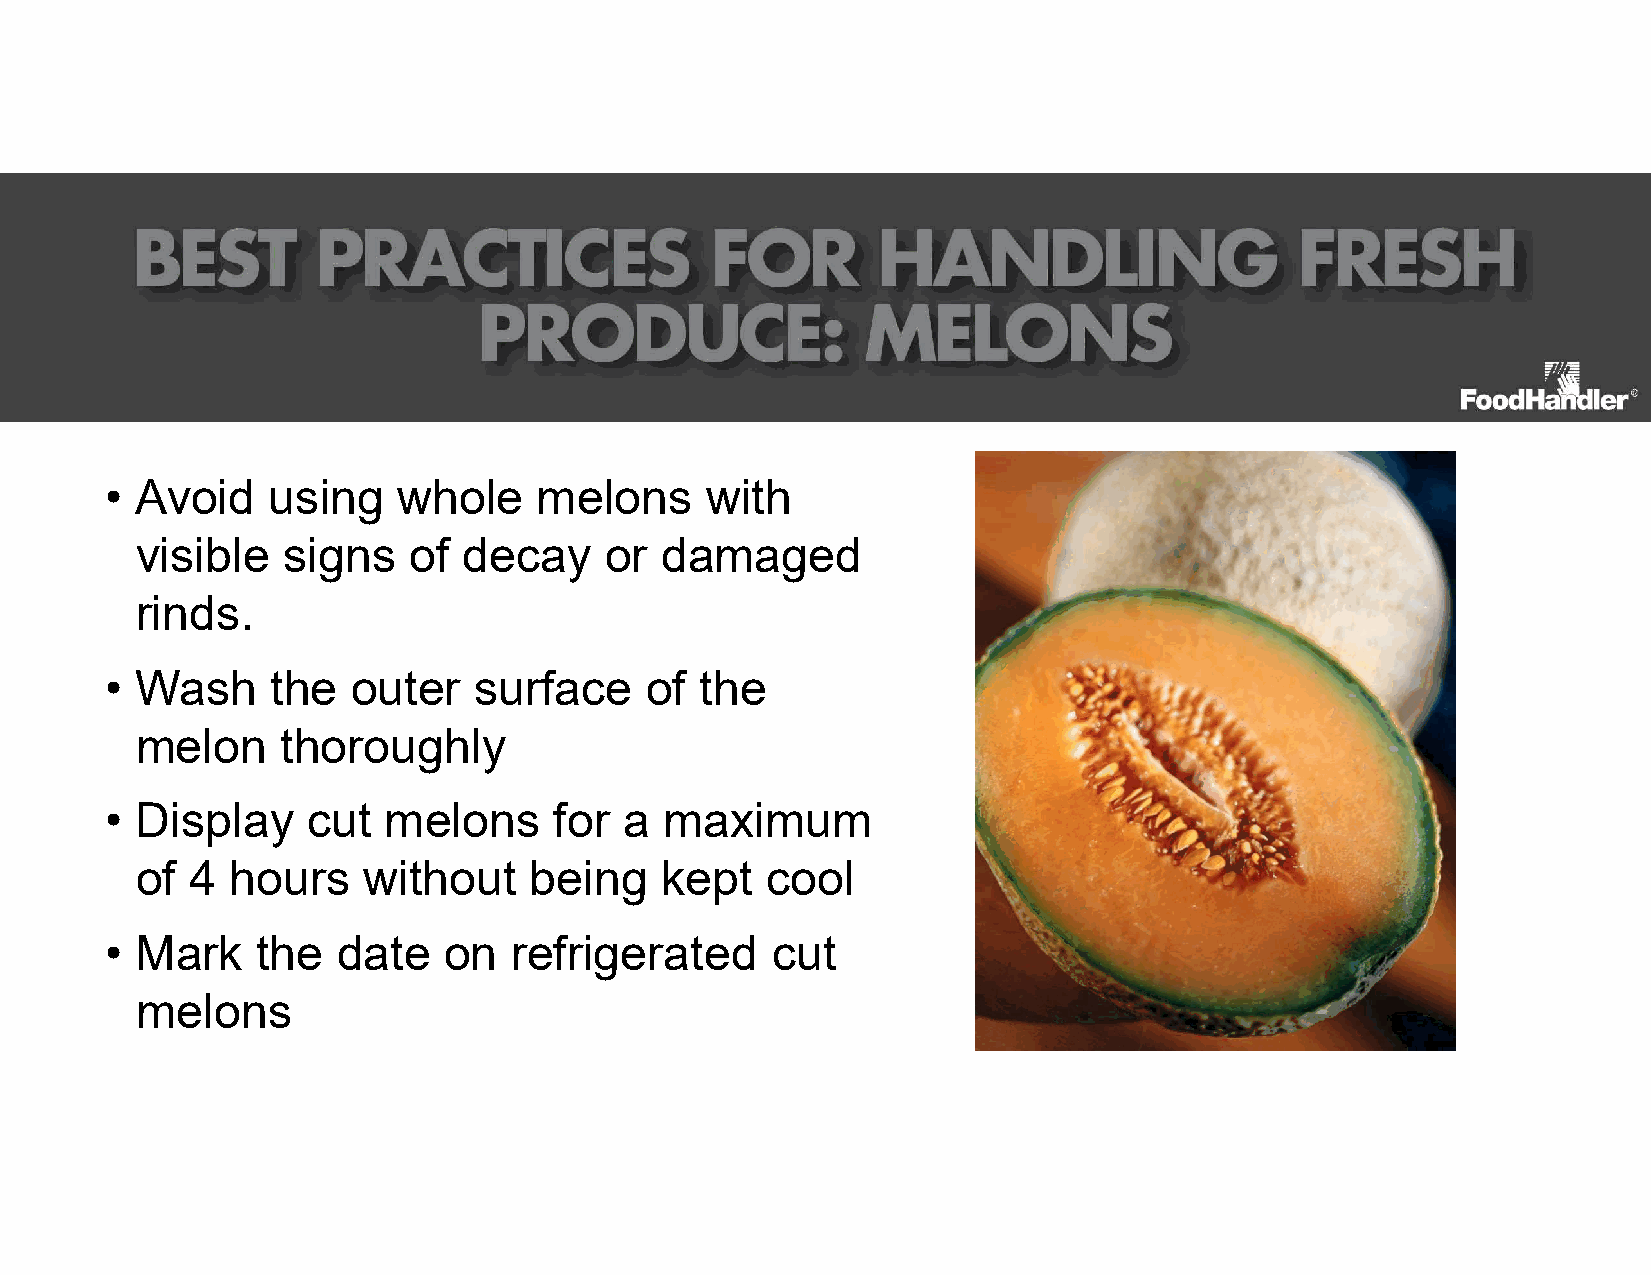
• Avoid    using   whole     melons     with
 visible   signs   of  decay    or  damaged
 rinds.
 • Wash     the  outer   surface     of the
 melon     thoroughly
 • Display    cut  melons      for a  maximum
 of  4 hours    without    being    kept   cool
 • Mark    the  date   on   refrigerated     cut
 melons